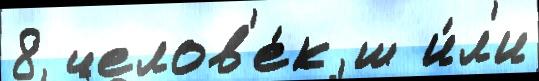
8 челов'е́к ш и́л'и